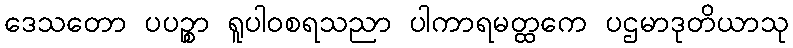
ဒေသတော ပပဉ္စာ ရူပါဝစရသညာ ပါကာရမတ္ထကေ ပဌမာဒုတိယာသု